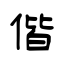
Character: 偕